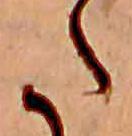
た